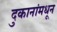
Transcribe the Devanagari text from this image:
दुकानांमधून